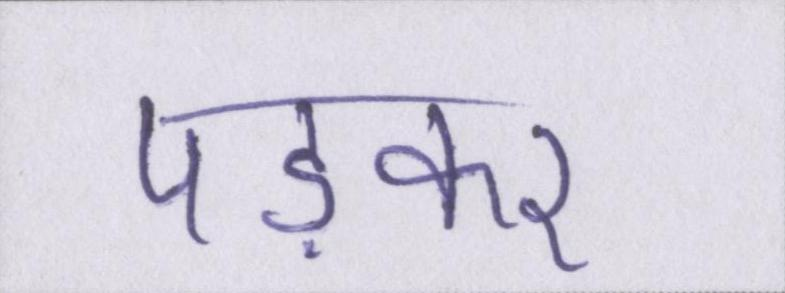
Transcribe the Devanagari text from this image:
पड़कर